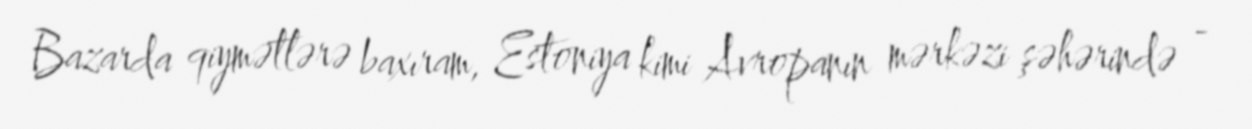
Bazarda qiymətlərə baxıram, Estoniya kimi Avropanın mərkəzi şəhərində -